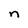
Character: n